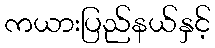
ကယားပြည်နယ်နှင့်